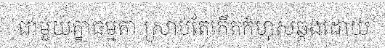
ជាមួយគ្នាធម្មតា ស្រាប់តែកើតកំហុសឆ្គងដោយ